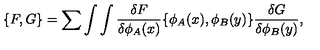
\{ F , G \} = \sum \int \int { \frac { \delta F } { \delta \phi _ { A } ( x ) } } \{ \phi _ { A } ( x ) , \phi _ { B } ( y ) \} { \frac { \delta G } { \delta \phi _ { B } ( y ) } } ,